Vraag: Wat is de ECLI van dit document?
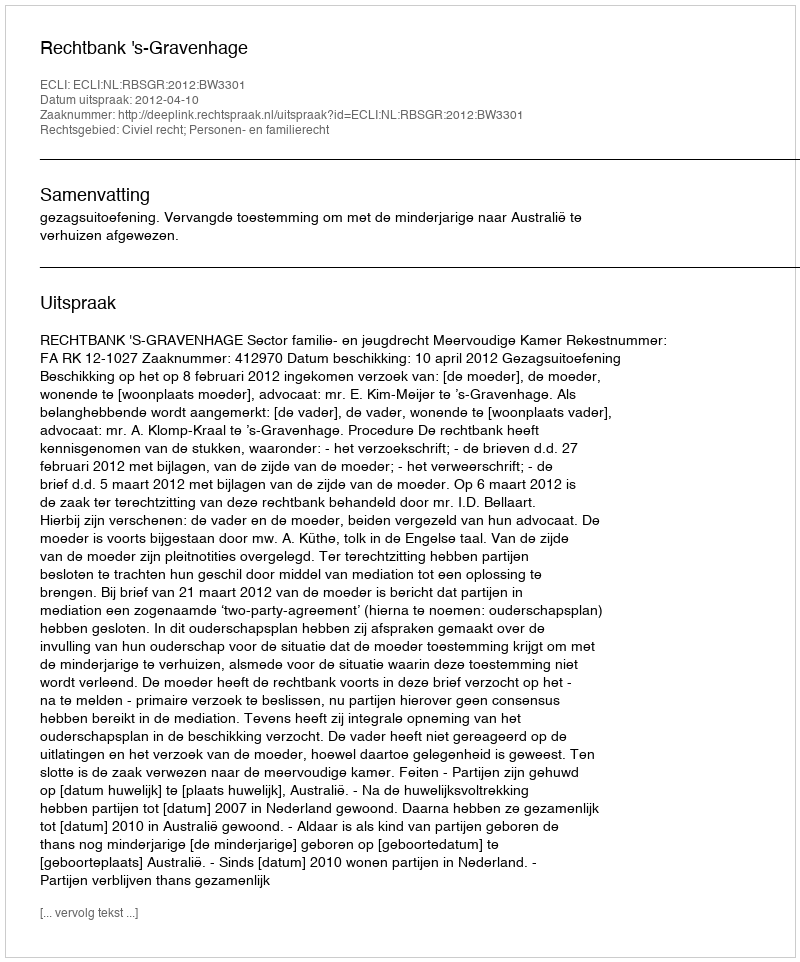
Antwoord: ECLI:NL:RBSGR:2012:BW3301